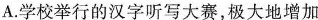
A.学校举行的汉字听写大赛，极大地增加